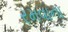
રમવાના